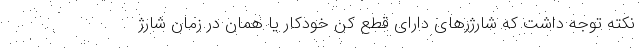
نکته توجه داشت که شارژرهای دارای قطع کن خودکار یا همان در زمان شارژ